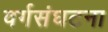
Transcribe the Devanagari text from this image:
वर्गसंघटना